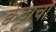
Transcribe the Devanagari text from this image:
क्वेट्टाचा